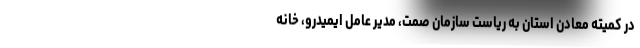
در کمیته معادن استان به ریاست سازمان صمت، مدیر عامل ایمیدرو، خانه